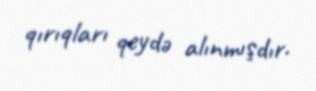
qırıqları qeydə alınmışdır.